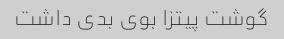
گوشت پیتزا بوی بدی داشت